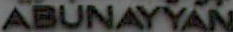
ABUNAYYAN